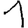
Digit: 1